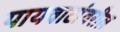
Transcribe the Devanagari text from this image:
पायवाटांवरील